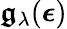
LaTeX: \boldsymbol{\mathfrak{g}}_{\mathbf{{\lambda}}}(\boldsymbol{\epsilon})